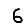
Digit: 6